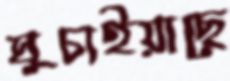
ঘুচাইয়াছে